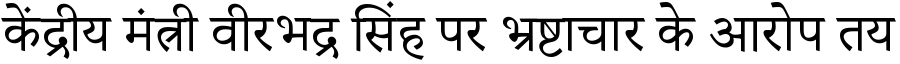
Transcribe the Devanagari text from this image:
केंद्रीय मंत्री वीरभद्र सिंह पर भ्रष्टाचार के आरोप तय